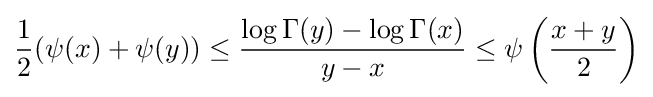
{\frac {1}{2}}(\psi (x)+\psi (y))\leq {\frac {\log \Gamma (y)-\log \Gamma (x)}{y-x}}\leq \psi \left({\frac {x+y}{2}}\right)